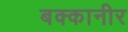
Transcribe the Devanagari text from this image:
बक्कानीर